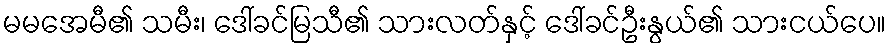
မမအေမီ၏ သမီး၊ ဒေါ်ခင်မြသီ၏ သားလတ်နှင့် ဒေါ်ခင်ဦးနွယ်၏ သားငယ်ပေ။